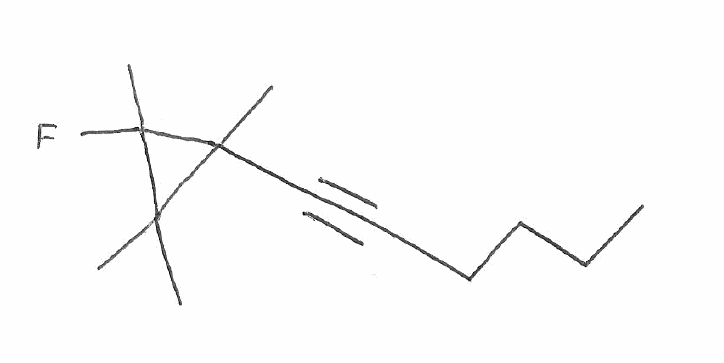
Simplified molecular-input line-entry system (SMILES) notation of the given molecule:
CCCCC#CC1(C(C1(C)F)(C)C)C